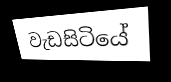
වැඩසිටියේ